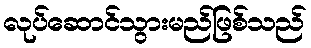
လုပ်ဆောင်သွားမည်ဖြစ်သည်